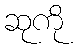
ဆုကို